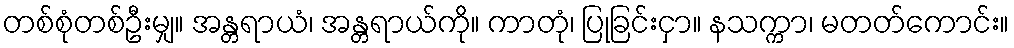
တစ်စုံတစ်ဦးမျှ။ အန္တရာယံ၊ အန္တရာယ်ကို။ ကာတုံ၊ ပြုခြင်းငှာ။ နသက္ကာ၊ မတတ်ကောင်း။